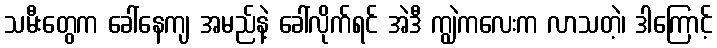
သမီးတွေက ခေါ်နေကျ အမည်နဲ့ ခေါ်လိုက်ရင် အဲဒီ ကျွဲကလေးက လာသတဲ့၊ ဒါကြောင့်